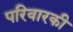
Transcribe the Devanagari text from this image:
परिवारकी